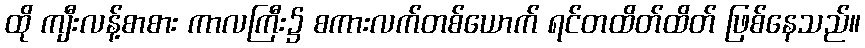
ထို ကျီးလန့်စာစား ကာလကြီး၌ စကားလက်တစ်ယောက် ရင်တထိတ်ထိတ် ဖြစ်နေသည်။